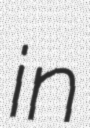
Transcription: in